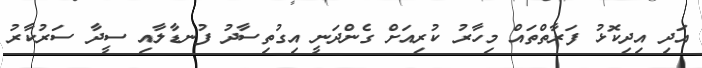
އަދި އިދިކޮޅު ފަރާތްތައް މިހާރު ކުރިއަށް ގެންދަނީ އިގުތިސާދު ފުނޑާލާއި ސީދާ ސަރުކާރު